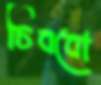
চিববো